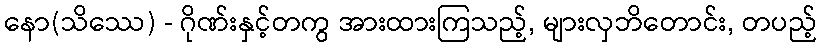
နော(သိဿေ) - ဂိုဏ်းနှင့်တကွ အားထားကြသည့်, များလှဘိတောင်း, တပည့်